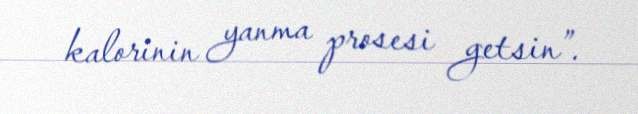
kalorinin yanma prosesi getsin”.